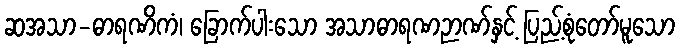
ဆအသာ-ဓာရဏိကံ၊ ခြောက်ပါးသော အသာဓာရဏဉာဏ်နှင့် ပြည့်စုံတော်မူသော